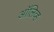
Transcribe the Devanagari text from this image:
अाॅलिव्ह